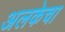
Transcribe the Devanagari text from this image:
अलकेचा